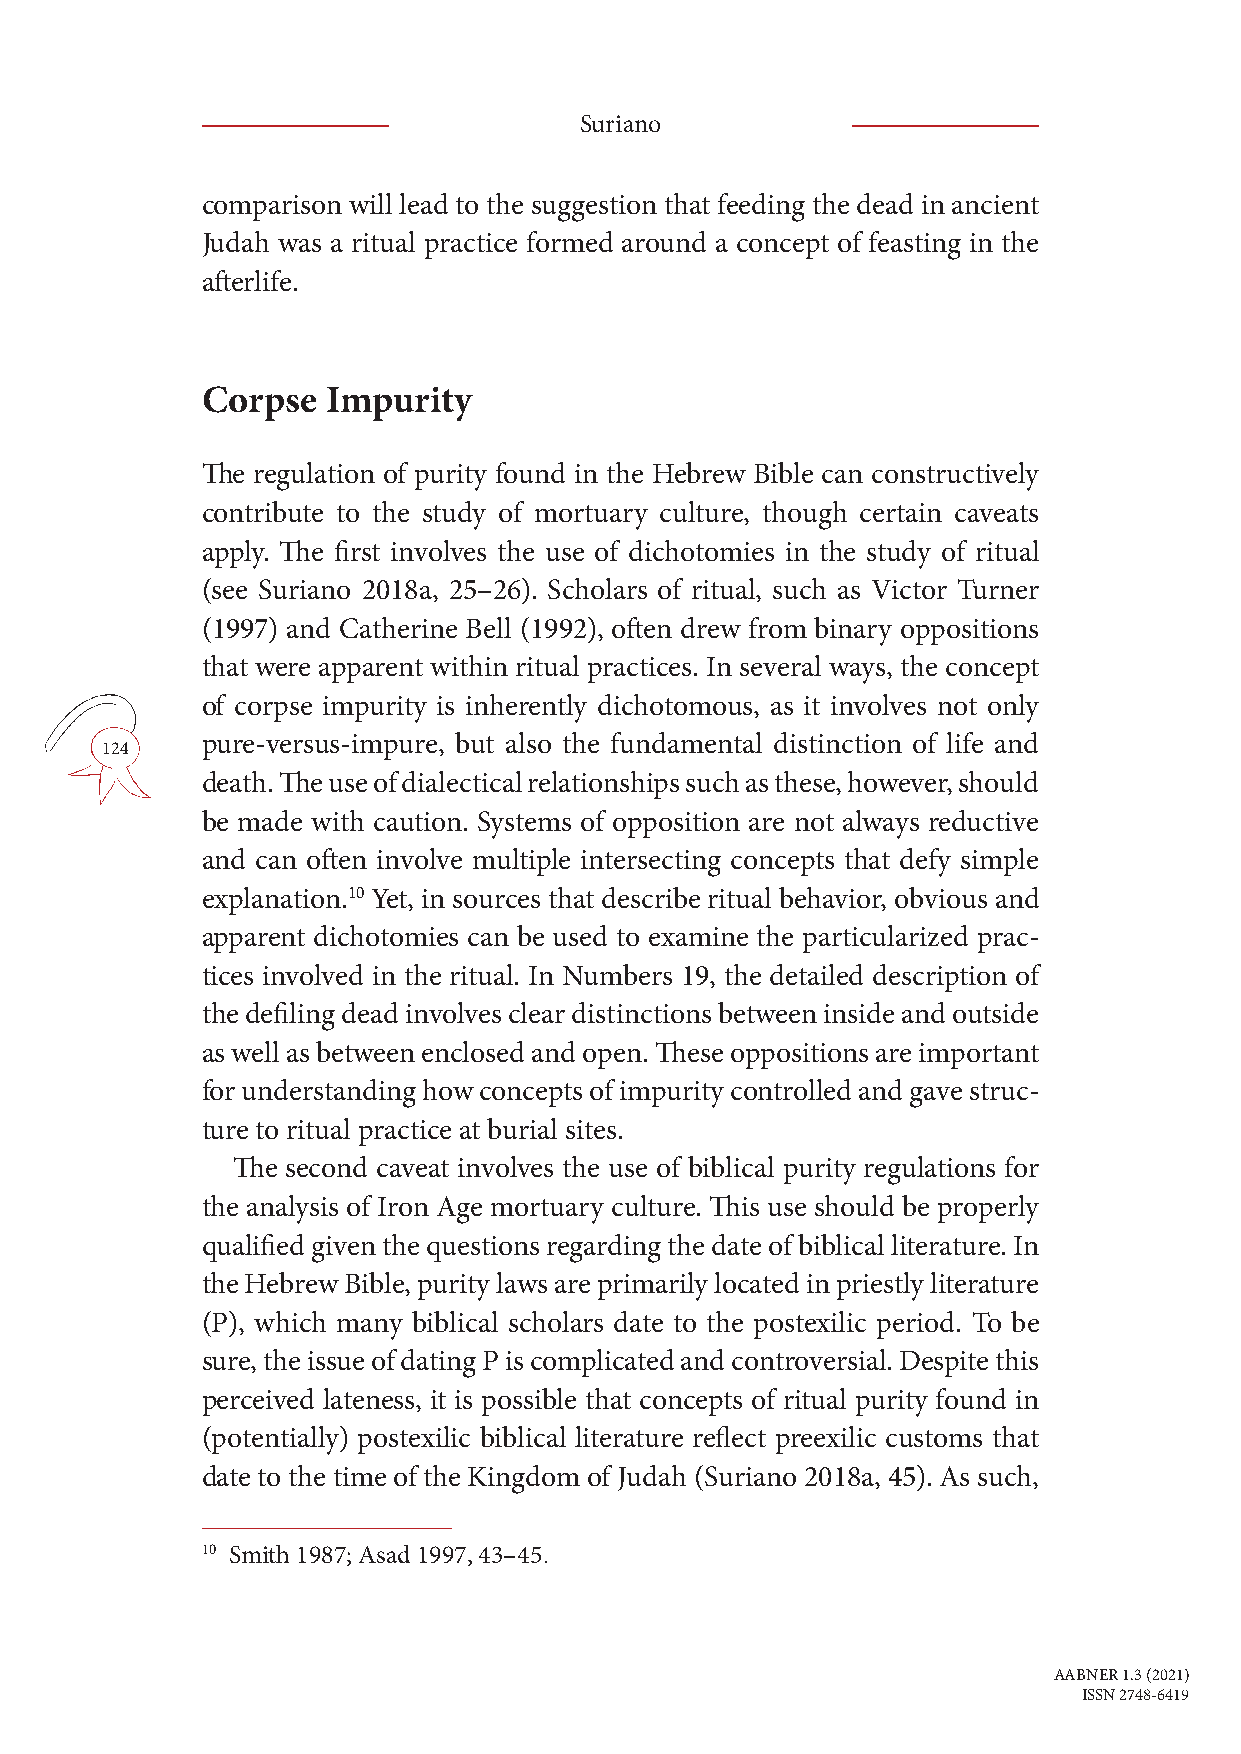
Suriano
 comparison will lead to the suggestion that feeding the dead in ancient
 Judah was a ritual practice formed around a concept of feasting in the
 afterlife.
 Corpse   Impurity
 The regulation of purity found in the Hebrew Bible can constructively
 contribute to the study of mortuary culture, though certain caveats
 apply. The first involves the use of dichotomies in the study of ritual
 (see Suriano 2018a, 25–26). Scholars of ritual, such as Victor Turner
 (1997) and Catherine Bell (1992), often drew from binary oppositions
 that were apparent within ritual practices. In several ways, the concept
 of corpse impurity is inherently dichotomous, as it involves not only
 pure-versus-impure, but also the fundamental distinction of life and
 124
 death. The use of dialectical relationships such as these, however, should
 be made with caution. Systems of opposition are not always reductive
 and can often involve multiple intersecting concepts that defy simple
 explanation.10 Yet, in sources that describe ritual behavior, obvious and
 apparent dichotomies can be used to examine the particularized prac-
 tices involved in the ritual. In Numbers 19, the detailed description of
 the defiling dead involves clear distinctions between inside and outside
 as well as between enclosed and open. These oppositions are important
 for understanding how concepts of impurity controlled and gave struc-
 ture to ritual practice at burial sites.
 The second caveat involves the use of biblical purity regulations for
 the analysis of Iron Age mortuary culture. This use should be properly
 qualified given the questions regarding the date of biblical literature. In
 the Hebrew Bible, purity laws are primarily located in priestly literature
 (P), which many biblical scholars date to the postexilic period. To be
 sure, the issue of dating P is complicated and controversial. Despite this
 perceived lateness, it is possible that concepts of ritual purity found in
 (potentially) postexilic biblical literature reflect preexilic customs that
 date to the time of the Kingdom of Judah (Suriano 2018a, 45). As such,
 10 Smith 1987; Asad 1997, 43–45.
 AABNER 1.3 (2021)
 ISSN 2748-6419